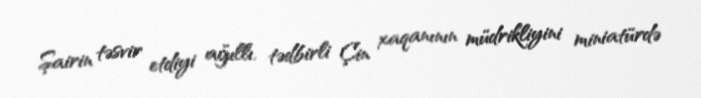
Şairin təsvir etdiyi ağıllı, tədbirli Çin xaqanının müdrikliyini miniatürdə